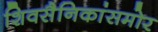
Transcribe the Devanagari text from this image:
शिवसैनिकांसमोर